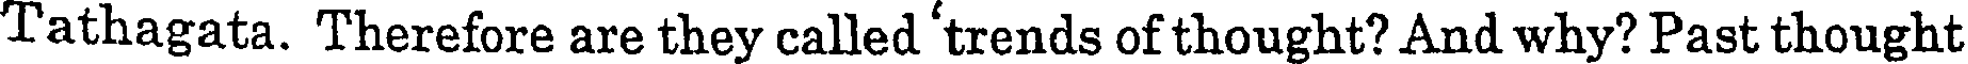
Tathagata. Therefore are they called 'trends of thought? And why? Past thought